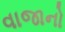
વાજાનો